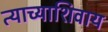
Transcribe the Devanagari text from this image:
त्याच्याशिवाय